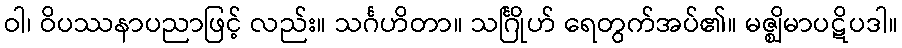
ဝါ၊ ဝိပဿနာပညာဖြင့် လည်း။ သင်္ဂဟိတာ။ သင်္ဂြိုဟ် ရေတွက်အပ်၏။ မဇ္ဈိမာပဋိပဒါ။